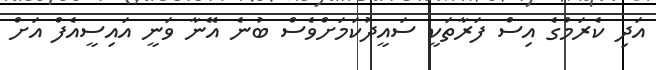
އަދި ކެރަމްގެ އިސް ފަރާތަކީ ސައީދުކަމަށްވެސް ބުނެ އޭނާ ވަނީ އައިސީއެފް އަށް